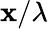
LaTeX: \mathbf{x}/\lambda